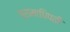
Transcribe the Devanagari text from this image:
ग्रामाधिपती